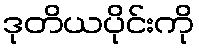
ဒုတိယပိုင်းကို